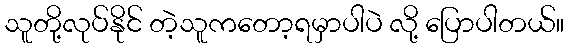
သူတို့လုပ်နိုင် တဲ့သူကတော့ရမှာပါပဲ လို့ ပြောပါတယ်။